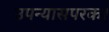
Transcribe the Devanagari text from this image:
उपन्यासपरक।